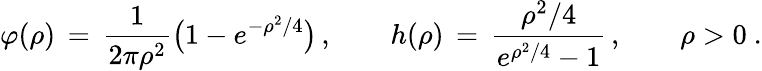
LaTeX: \varphi(\rho)\, =\, \frac{1}{2\pi\rho^{2}}\bigl(1-e^{-\rho^{2}/4}\bigr)\, ,\qquad h(\rho)\, =\, \frac{\rho^{2}/4}{e^{\rho^{2}/4}-1}\, ,\qquad\rho>0~.